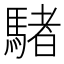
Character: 𩤜